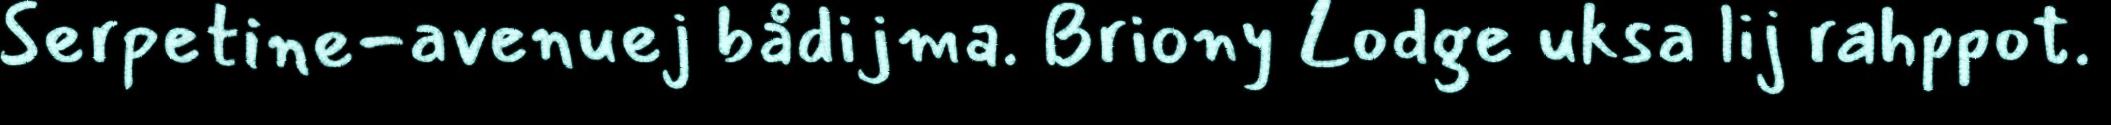
Serpetine-avenuej bådijma. Briony Lodge uksa lij rahppot.